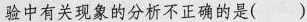
验中有关现象的分析不正确的是()